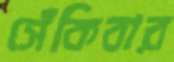
সেঁকিবার